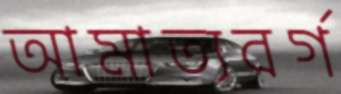
আমাত্যবর্গ